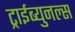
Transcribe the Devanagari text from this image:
ट्राईब्युनल्स